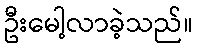
ဦးမေါ့လာခဲ့သည်။